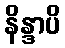
နိန္ဒာပိ